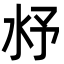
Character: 沀